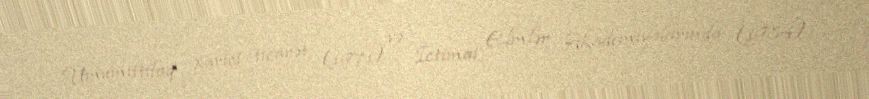
Ümumittifaq xarici ticarət (1971) və İctimai Elmlər Akademiyalarında (1984)